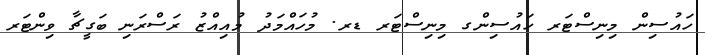
ހައުސިން މިނިސްޓަރ ހައުސިންގ މިނިސްޓަރ ޑރ. މުހައްމަދު މުއިއްޒު ރަސްރަނި ބަގީޗާ ވިންޓަރ